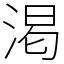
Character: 渇